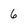
Character: 6